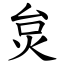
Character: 炱